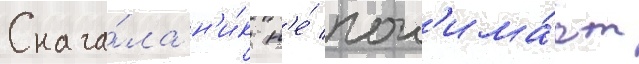
Снача́ла н'и́к н'е́ пон'има́ет